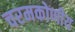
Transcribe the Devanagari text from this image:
चरमकोणीय